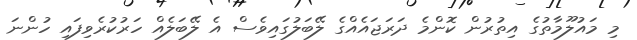
މި މައުލޫމާތުގެ އިތުރުން ކޮންމެ ދަރަޖައެއްގެ ލޭބަލުގައިވެސް އެ ލޭބަލެއް ހަރުކުރެވިފައި ހުންނަ